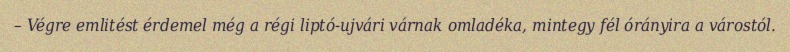
– Végre emlitést érdemel még a régi liptó-ujvári várnak omladéka, mintegy fél órányira a várostól.